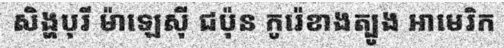
សិង្ហបុរី ម៉ាឡេស៊ី ជប៉ុន កូរ៉េខាងត្បូង អាមេរិក